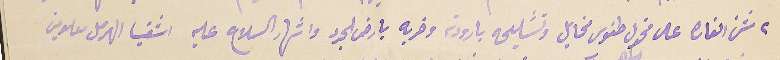
٢ شن الغارة على مخول طنوس مخايل وتشليحه بارودته وضربه بارض الجرد واشهار السلاح عليه اشقيا الهرمل معلومين